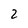
Character: 2